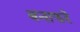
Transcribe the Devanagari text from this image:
बनाफरे